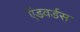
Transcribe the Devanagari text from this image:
ऍडवर्डस